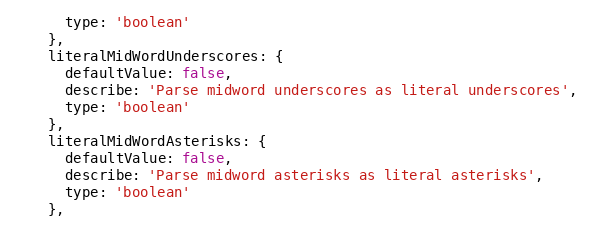
Language: JavaScript
      type: 'boolean'
    },
    literalMidWordUnderscores: {
      defaultValue: false,
      describe: 'Parse midword underscores as literal underscores',
      type: 'boolean'
    },
    literalMidWordAsterisks: {
      defaultValue: false,
      describe: 'Parse midword asterisks as literal asterisks',
      type: 'boolean'
    },